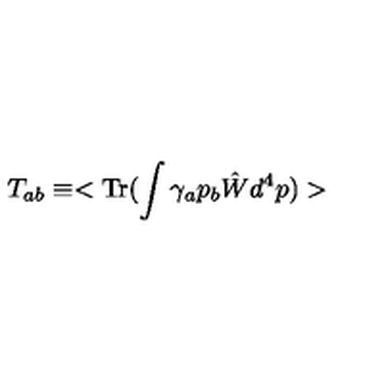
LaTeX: T _ { a b } \equiv < \mathrm { T r } ( \int \gamma _ { a } p _ { b } \hat { W } d ^ { 4 } p ) >